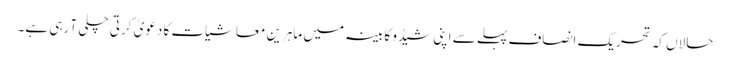
حالاں کہ تحریکِ انصاف پہلے سے اپنی شیڈو کابینہ میں ماہرینِ معاشیات کا دعویٰ کرتی چلی آ رہی ہے۔